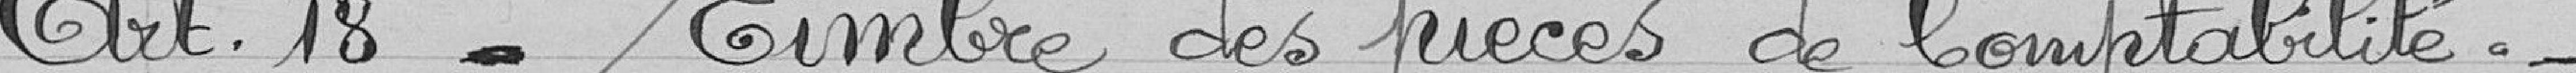
Art 18 : Timbre des pièces de comptabilité   :